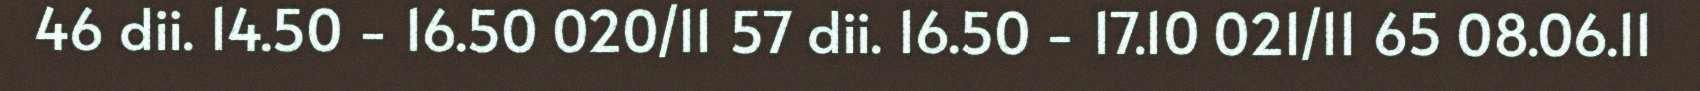
46 dii. 14.50 - 16.50 020/11 57 dii. 16.50 - 17.10 021/11 65 08.06.11